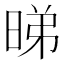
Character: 𬀹